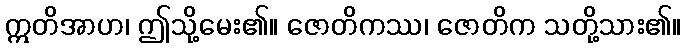
ဣတိအာဟ၊ ဤသို့မေး၏။ ဇောတိကဿ၊ ဇောတိက သတို့သား၏။